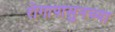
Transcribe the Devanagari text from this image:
रोगापासुनच्या